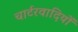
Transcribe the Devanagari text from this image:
चार्टरवादियों